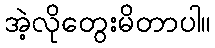
အဲ့လိုတွေးမိတာပါ။